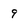
Character: 9